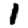
Digit: 1